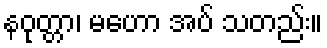
နဝုတ္တာ၊ မဟော အပ် သတည်း။